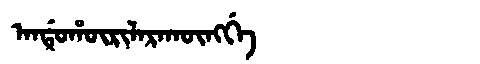
Manchu: ᠠᠨᡩᡠᡥᡡᡵᡳᠯᠠᡵᠠᡴᡡᠩᡤᡝ
Romanization: ANDUHŪRILARAKŪNGGE